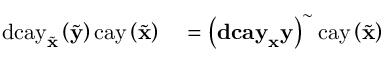
\begin{array} { r l } { \mathrm { d c a y } _ { \tilde { \mathbf { x } } } \left( \tilde { \mathbf { y } } \right) \mathrm { c a y } \left( \tilde { \mathbf { x } } \right) } & { { } = \left( \mathbf { d c a y } _ { \mathbf { x } } \mathbf { y } \right) ^ { \sim } \mathrm { c a y } \left( \tilde { \mathbf { x } } \right) } \end{array}